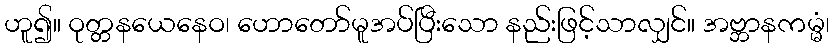
ဟူ၍။ ဝုတ္တနယေနေဝ၊ ဟောတော်မူအပ်ပြီးသော နည်းဖြင့်သာလျှင်။ အဗ္ဘာနကမ္မံ၊